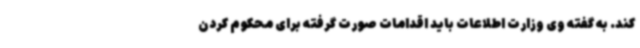
کند. به گفته وی وزارت اطلاعات باید اقدامات صورت گرفته برای محکوم کردن